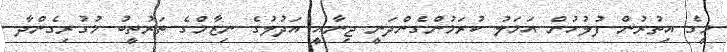
މީގެ އިތުރުން ފުލުހުން އަަމަލު ކުރަމުންގެންދަނީ ޖިނާއީި އަދުލުގެ ނިޒާމްގެ ތަރުތީބު މުގުރިގެންދާ